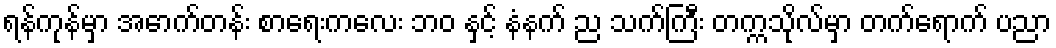
ရန်ကုန်မှာ အောက်တန်း စာရေးကလေး ဘဝ နှင့် နံနက် ည သက်ကြီး တက္ကသိုလ်မှာ တက်ရောက် ပညာ